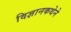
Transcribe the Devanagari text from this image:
विज्ञानकथेने